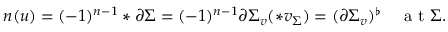
\boldsymbol { n } ( u ) = ( - 1 ) ^ { n - 1 } \ast \partial \Sigma = ( - 1 ) ^ { n - 1 } \partial \Sigma _ { v } ( \ast v _ { \Sigma } ) = ( \partial \Sigma _ { v } ) ^ { \flat } \quad \mathrm { ~ a ~ t ~ } \Sigma .